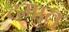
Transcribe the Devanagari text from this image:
दमात